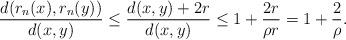
LaTeX: \begin{align*}\begin{aligned}\frac{d(r_n(x),r_n(y))}{d(x,y)}&\leq \frac{d(x,y)+2r}{d(x,y)} \leq 1+\frac{2r}{\rho r}=1+\frac{2}{\rho}.\end{aligned}\end{align*}